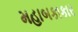
મહાબકાકાર